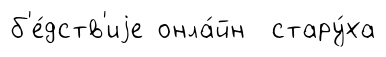
б'е́дств'иjе онла́йн стару́ха